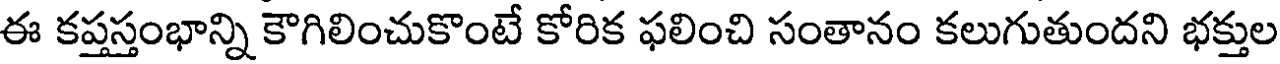
ఈ కప్తస్తంభాన్ని కౌగిలించుకొంటే కోరిక ఫలించి సంతానం కలుగుతుందని భక్తుల